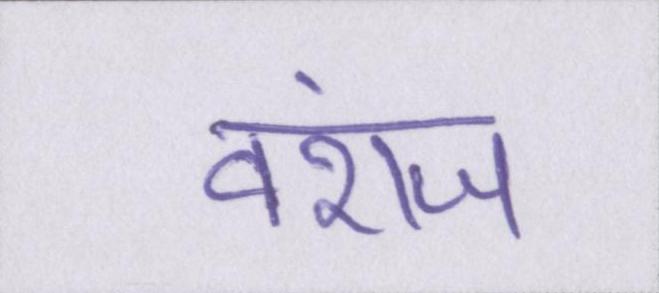
वंशज